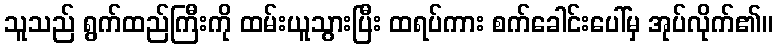
သူသည် ရွက်ထည်ကြီးကို ထမ်းယူသွားပြီး ထရပ်ကား စက်ခေါင်းပေါ်မှ အုပ်လိုက်၏။